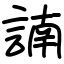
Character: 諵